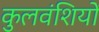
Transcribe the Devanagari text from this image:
कुलवंशियों